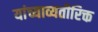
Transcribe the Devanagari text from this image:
यांच्याव्यतीरिक्त